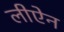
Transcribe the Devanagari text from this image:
लीऐन